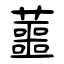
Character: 蘁